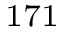
^ { 1 7 1 }